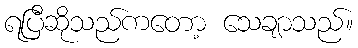
ရပြီဆိုသည်ကတော့ သေချာသည်။